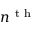
n ^ { \mathrm { ~ t ~ h ~ } }